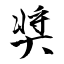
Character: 奨